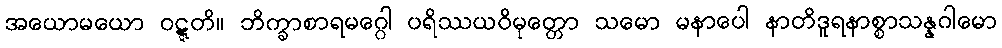
အယောမယော ဝဋ္ဋတိ။ ဘိက္ခာစာရမဂ္ဂေါ ပရိဿယဝိမုတ္တော သမော မနာပေါ နာတိဒူရနာစ္စာသန္နဂါမော